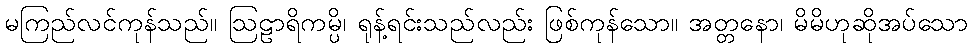
မကြည်လင်ကုန်သည်။ ဩဠာရိကမ္ပိ၊ ရုန့်ရင်းသည်လည်း ဖြစ်ကုန်သော။ အတ္တနော၊ မိမိဟုဆိုအပ်သော